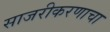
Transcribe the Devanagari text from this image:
साजरीकरणाचा